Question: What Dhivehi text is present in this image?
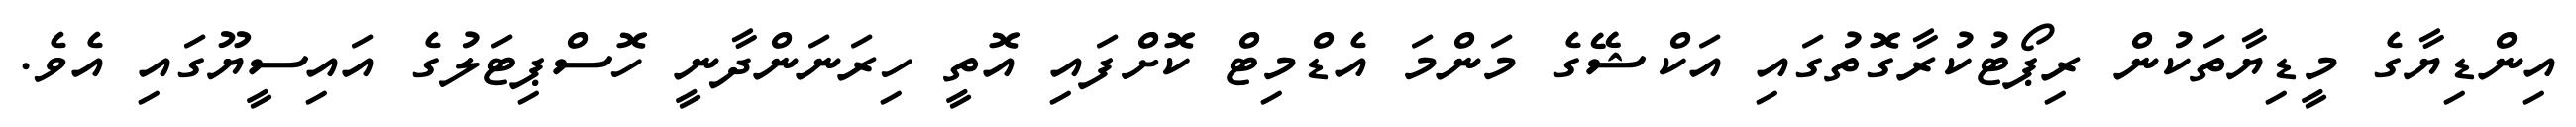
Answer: އިންޑިޔާގެ މީޑިޔާތަކުން ރިޕޯޓުކުރާގޮތުގައި އަކްޝޭގެ މަންމަ އެޑްމިޓް ކޮށްފައި އޮތީ ހިރަނަންދާނީ ހޮސްޕިޓަލުގެ އައިސީޔޫގައި އެވެ.